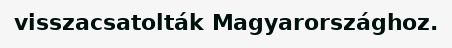
visszacsatolták Magyarországhoz.